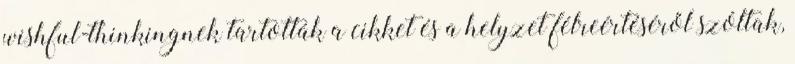
wishful-thinkingnek tartották a cikket és a helyzet félreértéséről szóltak,